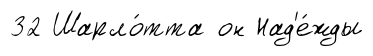
32 Шарло́тта он Над'е́жды